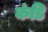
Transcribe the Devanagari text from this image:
कंडि